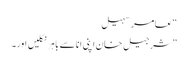
“ عامر سہیل
”شرجیل خان اپنی انا سے باہر نکلیں اور۔